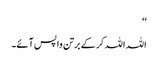
‘‘
اللہ اللہ کر کے برتن واپس آئے۔